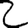
Digit: 2